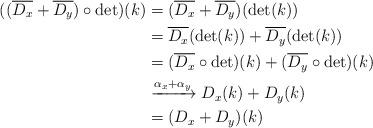
LaTeX: \begin{align*} ((\overline{D_x}+\overline{D_y})\circ\det) (k) &= (\overline{D_x}+\overline{D_y})(\det(k))\\ &\overset{}{=} \overline{D_x}(\det(k)) + \overline{D_y}(\det(k))\\ &= (\overline{D_x}\circ\det)(k) + (\overline{D_y}\circ\det)(k)\\ &\xrightarrow{\alpha_x+\alpha_y} D_x(k)+D_y(k)\\ &\overset{}{=} (D_x+D_y)(k) \end{align*}